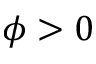
\phi > 0